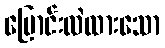
ပြောင်းလဲထားသော